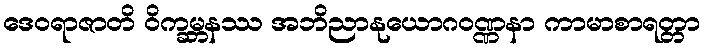
ဒေဝရာဇာတိ ဝိက္ခမ္ဘနဿ အဘိညာနုယောဂဝဏ္ဏနာ ကာမာစာရတ္တာ